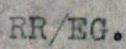
RR/EG.